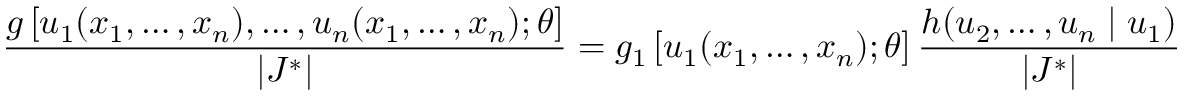
{ \frac { g \left[ u _ { 1 } ( x _ { 1 } , \dots , x _ { n } ) , \dots , u _ { n } ( x _ { 1 } , \dots , x _ { n } ) ; \theta \right] } { | J ^ { * } | } } = g _ { 1 } \left[ u _ { 1 } ( x _ { 1 } , \dots , x _ { n } ) ; \theta \right] { \frac { h ( u _ { 2 } , \dots , u _ { n } \mid u _ { 1 } ) } { | J ^ { * } | } }